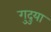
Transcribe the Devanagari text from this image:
गुदुया